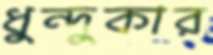
ধুন্দুকার